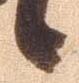
候